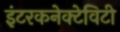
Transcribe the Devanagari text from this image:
इंटरकनेक्टेविटी